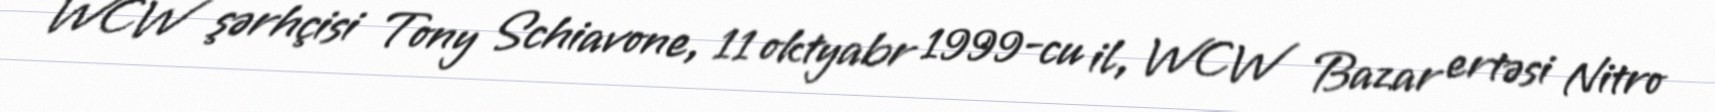
WCW şərhçisi Tony Schiavone, 11 oktyabr 1999-cu il, WCW Bazar ertəsi Nitro